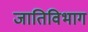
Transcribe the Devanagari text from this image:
जातिविभाग